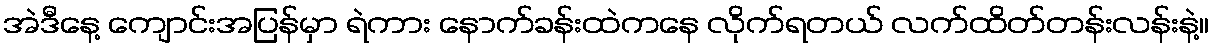
အဲဒီနေ့ ကျောင်းအပြန်မှာ ရဲကား နောက်ခန်းထဲကနေ လိုက်ရတယ် လက်ထိတ်တန်းလန်းနဲ့။